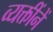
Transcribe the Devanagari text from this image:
व्यक्तींनें